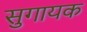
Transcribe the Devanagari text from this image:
सुगायक